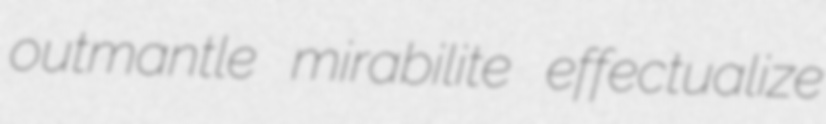
outmantle mirabilite effectualize